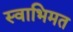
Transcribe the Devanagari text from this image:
स्वाभिमत